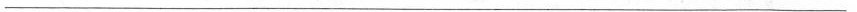
___